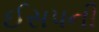
ઈસપની